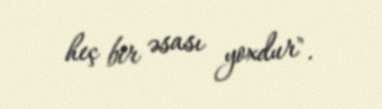
heç bir əsası yoxdur".